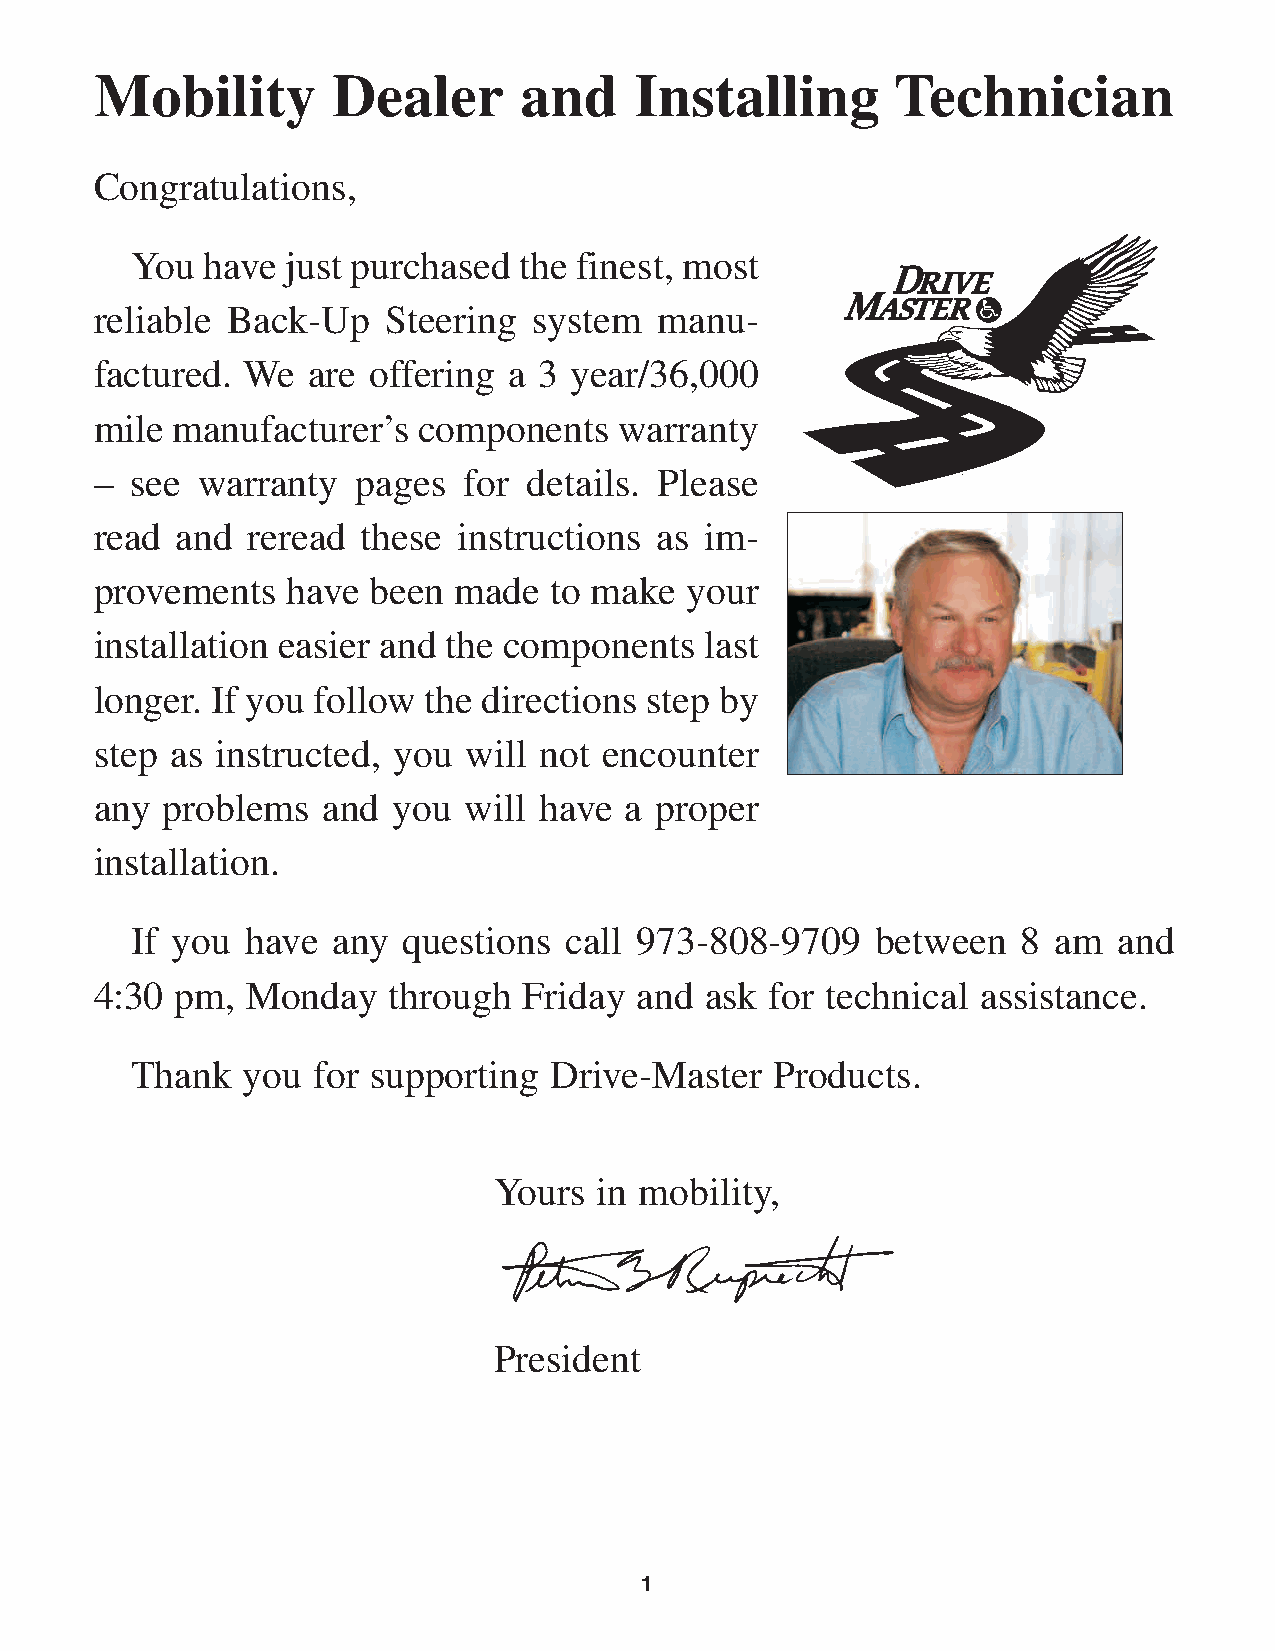
Mobility        Dealer      and     Installing       Technician
 Congratulations,
 You have  just purchased the finest, most
 reliable Back-Up    Steering system   manu-
 factured. We  are offering  a 3 year/36,000
 mile manufacturer’s   components   warranty
 –  see warranty   pages  for details. Please
 read  and reread  these instructions as  im-
 provements   have  been made  to make  your
 installation easier and the components   last
 longer. If you follow the directions step by
 step as instructed, you  will not encounter
 any  problems  and  you  will have a proper
 installation.
 If you have  any  questions call 973-808-9709    between   8 am  and
 4:30  pm, Monday    through  Friday and  ask for technical assistance.
 Thank  you  for supporting Drive-Master   Products.
 Yours  in mobility,
 President
 1